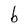
Character: b